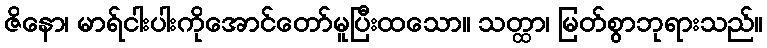
ဇိနော၊ မာရ်ငါးပါးကိုအောင်တော်မူပြီးထသော။ သတ္ထာ၊ မြတ်စွာဘုရားသည်။